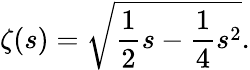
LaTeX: \zeta(s)=\sqrt{\frac{1}{2}s-\frac{1}{4}s^{2}}.